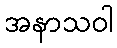
အနာသဝါ